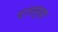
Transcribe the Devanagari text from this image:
पात्रसुद्धा